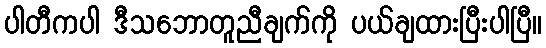
ပါတီကပါ ဒီသဘောတူညီချက်ကို ပယ်ချထားပြီးပါပြီ။